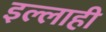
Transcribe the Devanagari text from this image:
इल्लाही